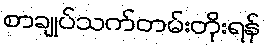
စာချုပ်သက်တမ်းတိုးရန်